King Institute of Preventive Medicine Bacteriolog. Section reports 1907-08
Year: 1907
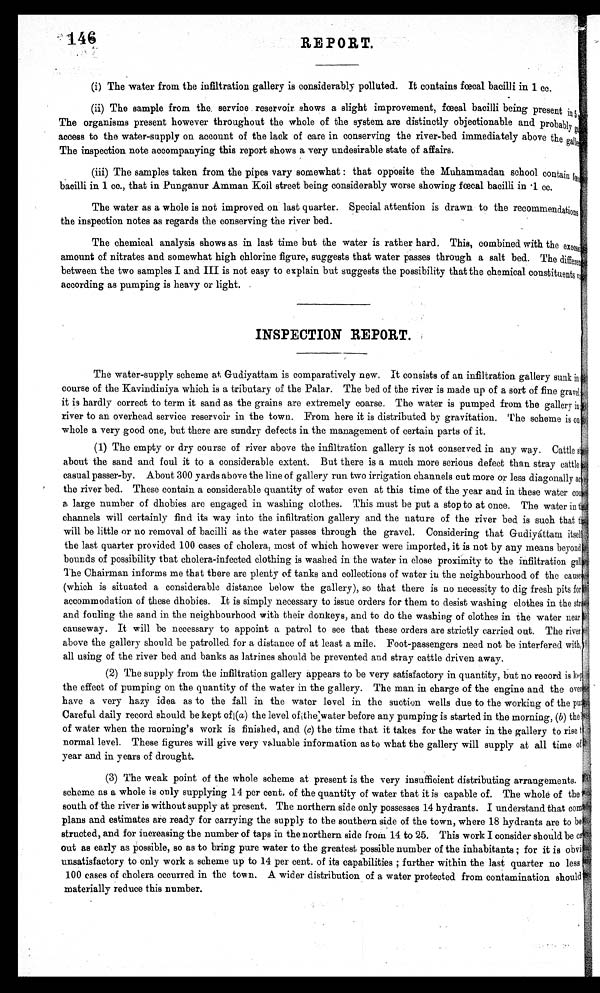
146
REPORT.
(i) The water from the infiltration gallery is considerably polluted. It contains fœcal bacilli in 1 cc.
(ii) The sample from the service reservoir shows a slight improvement, fœcal bacilli being present in 5
The organisms present however throughout the whole of the system are distinctly objectionable and probably
access to the water-supply on account of the lack of care in conserving the river-bed immediately above the gall
The inspection note accompanying this report shows a very undesirable state of affairs.
(iii) The samples taken from the pipes vary somewhat : that opposite the Muhammadan school contain fœc
bacilli in 1 cc., that in Punganur Amman Koil street being considerably worse showing fœcal bacilli in • 1 cc.
The water as a whole is not improved on last quarter' Special attention is drawn to the recommendations
the inspection notes as regards the conserving the river bed.
The chemical analysis shows as in last time but the water is rather hard. This, combined with the excess
amount of nitrates and somewhat high chlorine figure, suggests that water passes through a salt bed. The different
between the two samples I and III is not easy to explain but suggests the possibility that the chemical constituents
according as pumping is heavy or light.
INSPECTION REPORT.
The water-supply scheme at Gudiyattam is comparatively new. It consists of an infiltration gallery sunk in
course of the Kavindiniya which is a tributary of the Palar. The bed of the river is made up of a sort of fine gravel
it is hardly correct to term it sand as the grains are extremely coarse. The water is pumped from the gallery in
river to an overhead service reservoir in the town. From here it is distributed by gravitation. The scheme is on
whole a very good one, but there are sundry defects in the management of certain parts of it.
.
(1) The empty or dry course of river above the infiltration gallery is not conserved in any way. Cattle is
about the sand and foul it to a considerable extent. But there is a much more serious defect than stray cattle
casual passer-by. About 300 yards above the line of gallery run two irrigation channels cut more or less diagonally ac
t h e r i v e r b e d . T h e s e c o n t a i n a c o n s i d e r a b l e q u a n t i t y o f w a t e r e v e n a t t h i s t i m e o f t h e y e a r a n d i n t h e s e w a t e r c o
a large number of dhobies are engaged in washing clothes. This must be put a stop to at once. The water in t
channels will certainly find its way into the infiltration gallery and the nature of the river bed is such that t
will he little or no removal of bacilli as the water passes through the gravel. Considering that Gudiyáttam itsel
the last quarter provided 100 cases of cholera, most of which however were imported, it is not by any means beyond
bounds of possibility that cholera-infected clothing is washed in the water in close proximity to the infiltration gall
The Chairman informs me that there are plenty of tanks and collections of water in the neighbourhood of the cause
(which is situated a considerable distance below the gallery), so that there is no necessity to dig fresh pits for
accommodation of these dhobies. It is simply necessary to issue orders for them to desist washing clothes in the str
and fouling the sand in the neighbourhood with their donkeys, and to do the washing of clothes in the water near
causeway. It will be necessary to appoint a patrol to see that these orders are strictly carried out. The river
above the gallery should be patrolled for a distance of at least a mile. Foot-passengers need not be interfered with
all using of the river bed and banks as latrines should be prevented and stray cattle driven away.
(2) The supply from the infiltration gallery appears to be very satisfactory in quantity, but no record is kep
the effect of pumping on the quantity of the water in the gallery. The man in charge of the engine and the over
have a very hazy idea as to the fall in the water level in the suction wells due to the working of the pu
Careful daily record should be kept of (a) the level of the water before any pumping is started in the morning, (b) t h e
of water when the morning's work is finished, and (c) the time that it takes for the water in the gallery to rise t:
normal level. These figures will give very valuable information as to what the gallery will supply at all time of
year and in years of drought.
(3) The weak point of the whole scheme at present is the very insufficient distributing arrangements.
scheme as a whole is only supplying 14 per cent. of the quantity of water that it is capable of. The whole of the
south of the river is without supply at present' The northern side only possesses 14 hydrants. I understand that com
plans and estimates are ready for carrying the supply to the southern side of the town, where 18 hydrants are to be
structed, and for increasing the number of taps in the northern side from 14 to 25. This work I consider should be es
out as early as possible, so as to bring pure water to the greatest possible number of the inhabitants ; for it is obvi
unsatisfactory to only work a scheme up to 14 per cent. of its capabilities ; further within the last quarter no less
100 cases of cholera occurred in the town. A wider distribution of a water protected from contamination should
materially reduce this number.